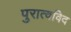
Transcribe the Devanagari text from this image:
पुरात्वविद